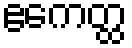
ဧကေတ္ထ